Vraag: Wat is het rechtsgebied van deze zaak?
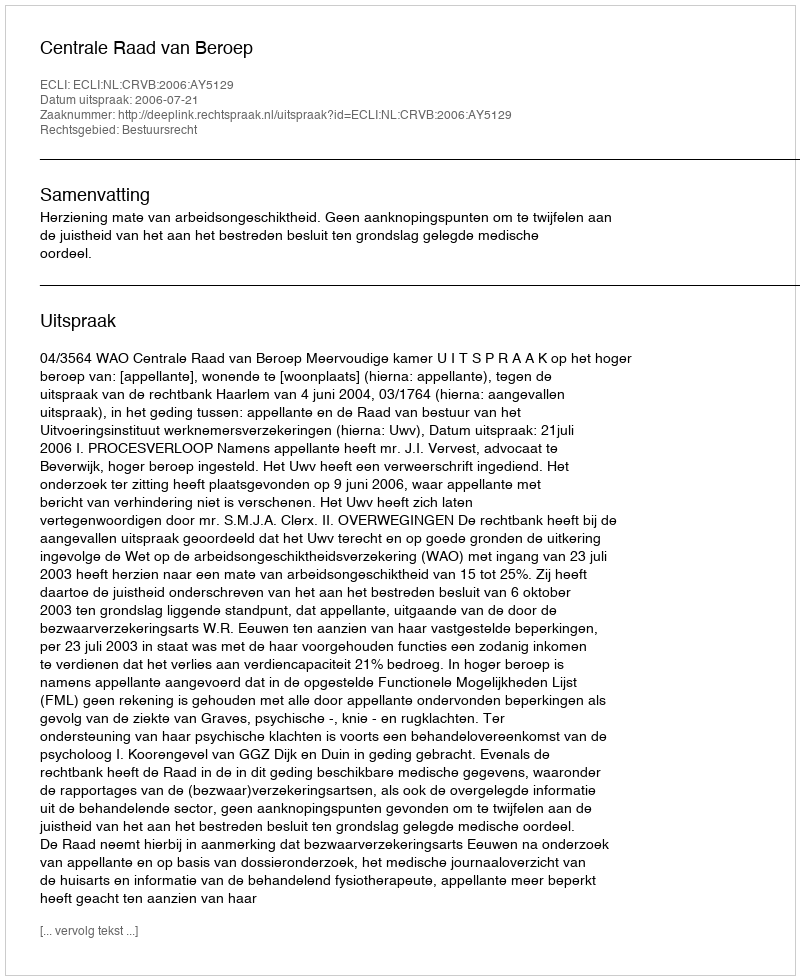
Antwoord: Bestuursrecht